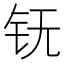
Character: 䥻